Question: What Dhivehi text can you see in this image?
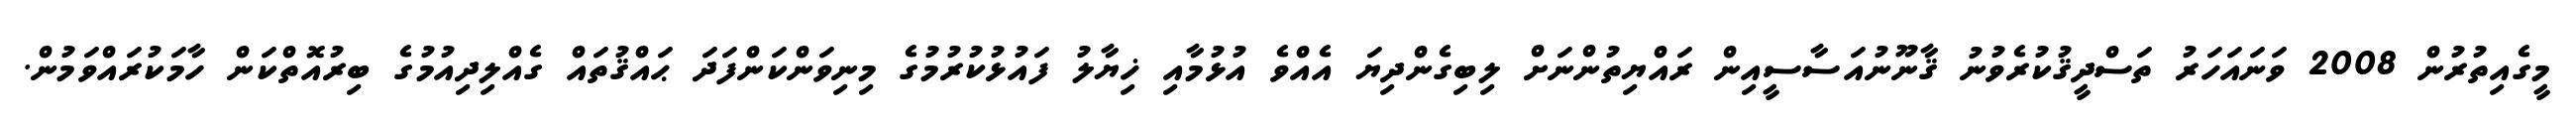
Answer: މީގެއިތުރުން 2008 ވަނައަހަރު ތަސްދީޤުކުރެވުނު ޤާނޫނުއަސާސީއިން ރައްޔިތުންނަށް ލިބިގެންދިޔަ އެއްވެ އުޅުމާއި ޚިޔާލު ފައުޅުކުރުމުގެ މިނިވަންކަންފަދަ ޙައްޤުތައް ގެއްލިދިއުމުގެ ބިރުއޮތްކަން ހާމަކުރައްވަމުން.